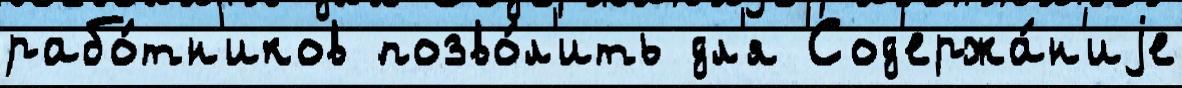
рабо́тн'иков позво́л'ить дл'я Сод'ержа́н'иjе